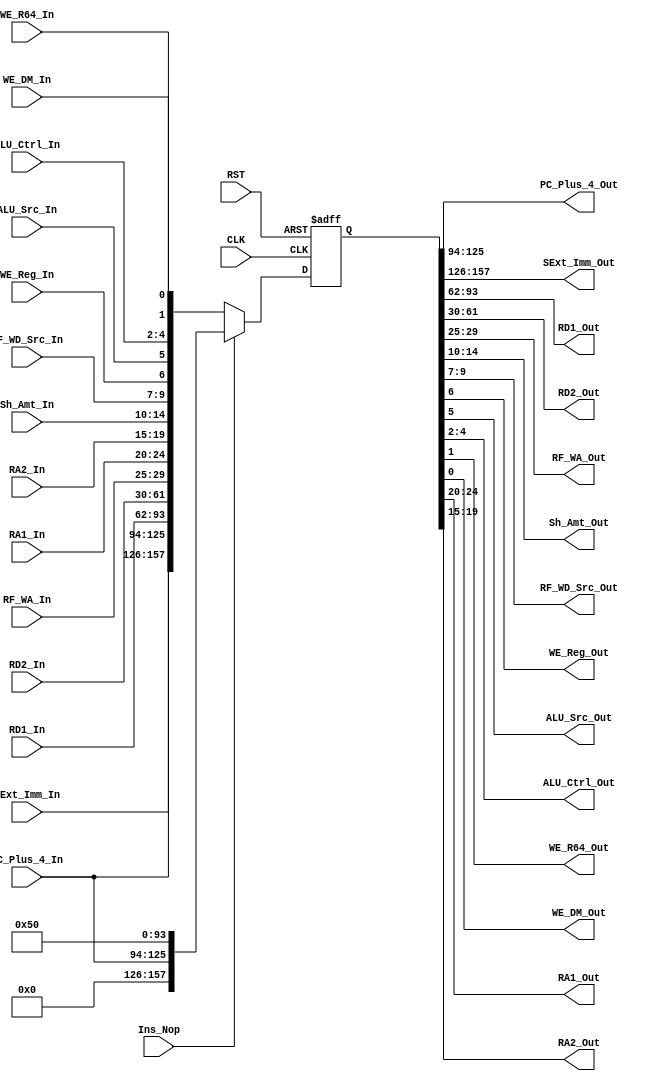
module ID_EXE_Reg(
        input wire  [31:0]  SExt_Imm_In,
        input wire  [31:0]  PC_Plus_4_In,
        input wire  [31:0]  RD1_In,
        input wire  [31:0]  RD2_In,
        input wire  [4:0]   RF_WA_In,
        input wire  [4:0]   RA1_In,
        input wire  [4:0]   RA2_In,
        input wire  [4:0]   Sh_Amt_In,
        input wire  [2:0]   RF_WD_Src_In,
        input wire          WE_Reg_In,
        input wire          ALU_Src_In,
        input wire  [2:0]   ALU_Ctrl_In,
        input wire          WE_R64_In,
        input wire          WE_DM_In,
        output wire [31:0]  PC_Plus_4_Out,
        output wire [31:0]  SExt_Imm_Out,
        output wire [31:0]  RD1_Out,
        output wire [31:0]  RD2_Out,
        output wire [4:0]   RF_WA_Out,
        output wire [4:0]   Sh_Amt_Out,
        output wire [2:0]   RF_WD_Src_Out,
        output wire         WE_Reg_Out,
        output wire         ALU_Src_Out,
        output wire [2:0]   ALU_Ctrl_Out,
        output wire         WE_R64_Out,
        output wire         WE_DM_Out,
        output wire [4:0]   RA1_Out,
        output wire [4:0]   RA2_Out,
        
        input wire          Ins_Nop,
        input wire          CLK,
        input wire          RST
    );
    
    wire [157:0] InSignals,Nop;
    reg [157:0] OutSignals;
    
    assign InSignals = {SExt_Imm_In,PC_Plus_4_In,RD1_In,RD2_In,RF_WA_In,RA1_In,RA2_In,Sh_Amt_In,RF_WD_Src_In,WE_Reg_In,ALU_Src_In,ALU_Ctrl_In,WE_R64_In,WE_DM_In};
    assign {SExt_Imm_Out,PC_Plus_4_Out,RD1_Out,RD2_Out,RF_WA_Out,RA1_Out,RA2_Out,Sh_Amt_Out,RF_WD_Src_Out,WE_Reg_Out,ALU_Src_Out,ALU_Ctrl_Out,WE_R64_Out,WE_DM_Out} = OutSignals;
    
    //Equivilent to control signals output from Control Unit for Nop operation
    assign Nop = {32'd0,PC_Plus_4_In,32'd0,32'd0,5'd0,5'd0,5'd0,5'd0,3'd0,1'b1,1'b0,3'b100,1'b0,1'b0};
    
    always @ (posedge CLK or posedge RST) begin
        if(RST) OutSignals <= 158'b0;
        else if(Ins_Nop) OutSignals <= Nop;
        else OutSignals <= InSignals;
    end
    
    

endmodule